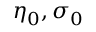
\eta _ { 0 } , \sigma _ { 0 }